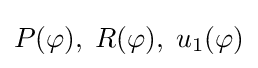
{\textstyle P(\varphi ),\;R(\varphi ),\;u_{1}(\varphi )}